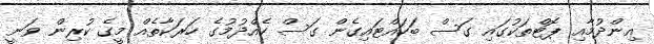
އިންދުމާއި ޕޮޓްތަކުގައި ގަސް ބަހައްޓައިގެން ގަސް ހެއްދުމުގެ ހަރަކާތެއް މީގެ ކުރިިން ވަނީ